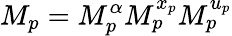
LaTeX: M_{p}=M_{p}^{\alpha}M_{p}^{x_{p}}M_{p}^{u_{p}}